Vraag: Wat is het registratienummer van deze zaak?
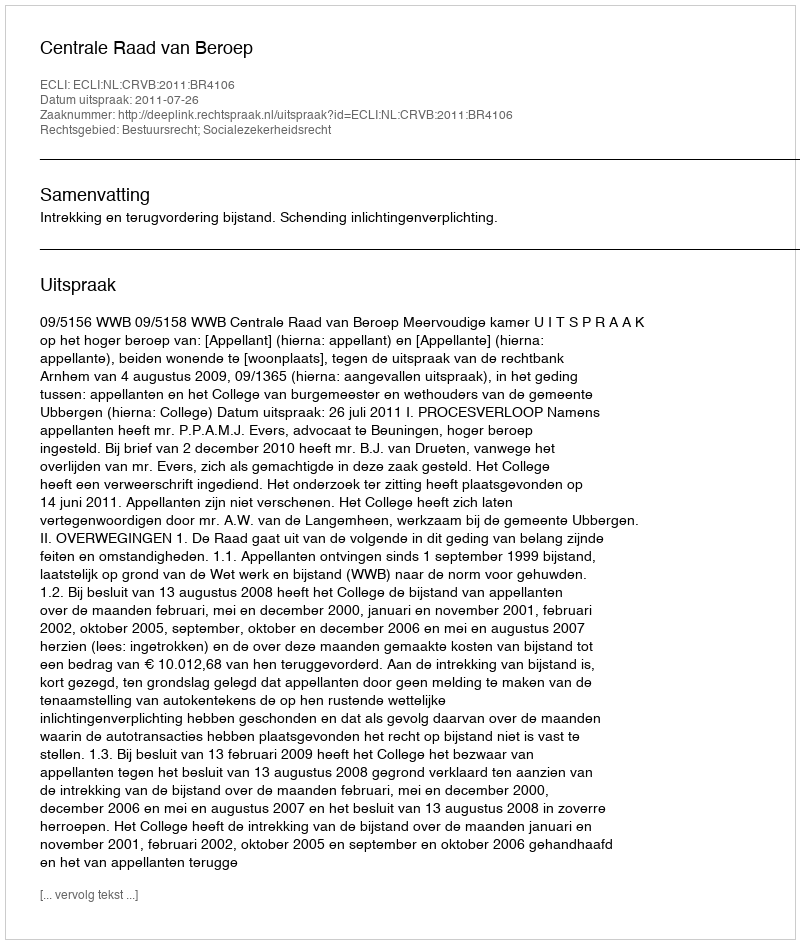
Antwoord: http://deeplink.rechtspraak.nl/uitspraak?id=ECLI:NL:CRVB:2011:BR4106